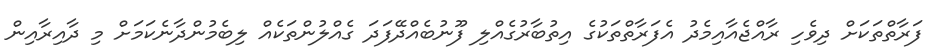
ފަރާތްތަކަށް ދިވެހި ރާއްޖެއާއިމެދު އެފަރާތްތަކުގެ އިތުބާރުގެއްލި ފޫނުބެއްދޭފަދަ ގެއްލުންތަކެއް ލިބެމުންދާނެކަމަށް މި ދާއިރާއިން